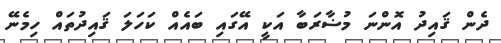
ދެން ޤައިދު އޮންނަ މުޟާރަބާ އަކީ އޭގައި ބައެއް ކަހަލަ ޤައިދުތައް ހިމެނޭ